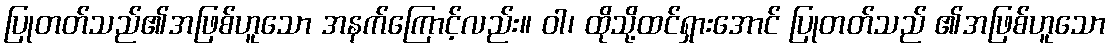
ပြုတတ်သည်၏အဖြစ်ဟူသော အနက်ကြောင့်လည်း။ ဝါ၊ ထိုသို့ထင်ရှားအောင် ပြုတတ်သည် ၏အဖြစ်ဟူသော